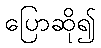
ပြောဆို၍